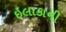
ઇલાકાની